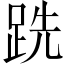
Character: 跣